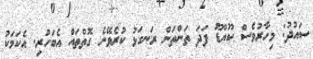
ސައުދު: މިހާރުވެސް ކޫއްޑޫ ފަދަ ތަންތަން ރަނގަޅު ކުރެވޭނެ ގޮތްތައް އެބަހުރި. އެކަމަކު